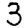
Digit: 3